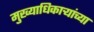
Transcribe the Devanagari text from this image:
मुख्याधिकाऱ्यांच्या